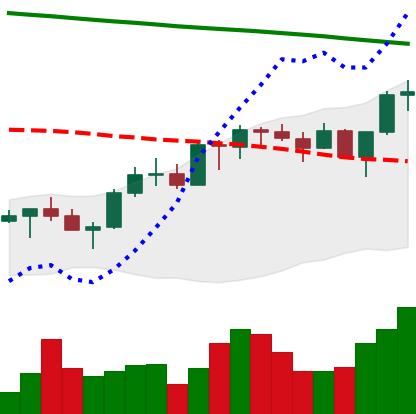
Ticker: XMR-USD
Chart end date: 2022-07-28
Forward return: -3.494%
Label: down_3_5